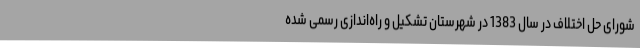
شورای حل اختلاف در سال 1383 در شهرستان تشکیل و راه‌اندازی رسمی شده